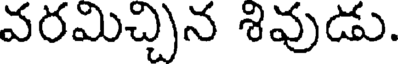
వరమిచ్చిన శివుడు.